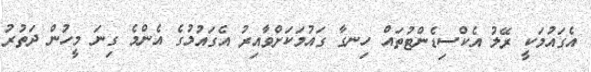
އެގައުމަކީ ރޭލު އެކްސިޑެންޓުތައް ހިނގާ ގައުމަކަށްވާއިރު އެގައުމުގެ އެންމެ ގިނަ މީހުން ދަތުރު